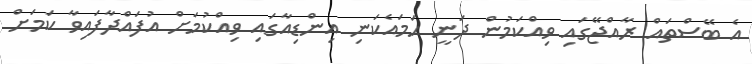
އެ ބޭސްތައް ރާއްޖޭގައި ވިއްކަމުން ދަނީ ހަމައެކަނި އިންޑިއާގައި ވިއްކުމަށް އުފައްދާފައިވާ ކަމަށް